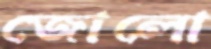
জোলো